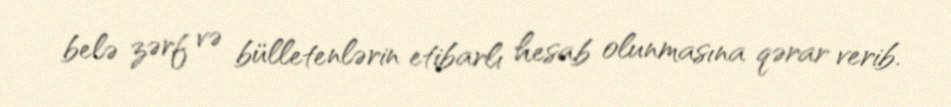
belə zərf və bülletenlərin etibarlı hesab olunmasına qərar verib.